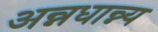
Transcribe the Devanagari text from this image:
अन्नधान्न्य